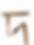
দ